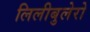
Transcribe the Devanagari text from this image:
लिलीबुलेरो